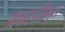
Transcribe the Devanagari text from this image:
अग्रसरीभूत